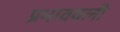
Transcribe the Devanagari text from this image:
प्रभाववली